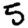
Digit: 5